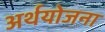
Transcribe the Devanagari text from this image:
अर्थयोजना